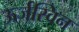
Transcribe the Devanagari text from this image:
ऊर्जस्विन